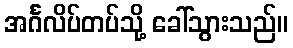
အင်္ဂလိပ်တပ်သို့ ခေါ်သွားသည်။